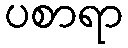
ပစာရာ